Tezpur Lunatic Asylum reports 1877-1894 - 1877-1894
Year: 1877
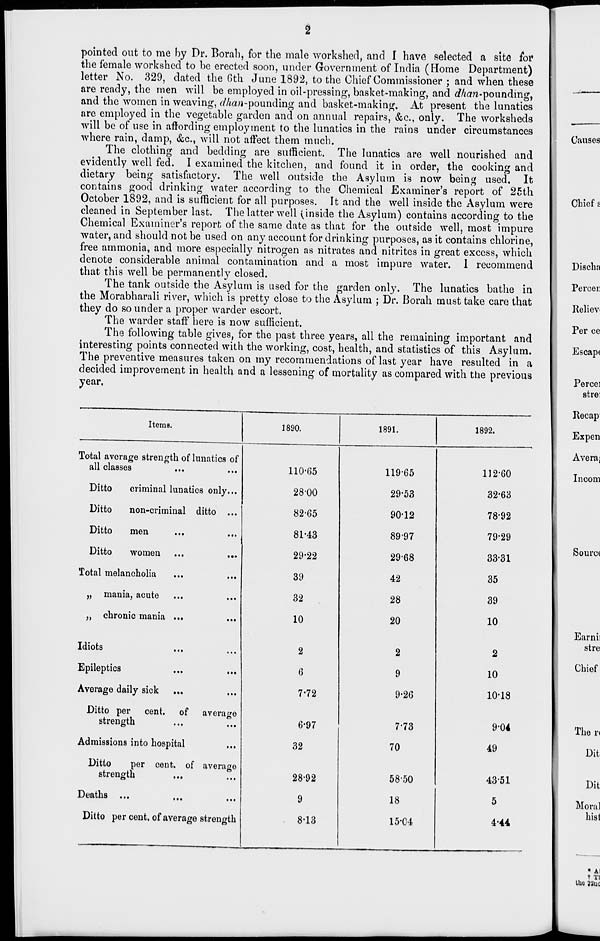
pointed out to me by Dr. Borah, for the male workshed, and I have selected a site for
the female workshed to be erected soon, under Government of India (Home Department)
letter No. 329, dated the Gth June 1892, to the Chief Commissioner ; and when these
are ready, the men will be employed in oil-pressing, basket-making, and dhan-poundmg,
and the women in weaving, dha?i-po\mding and basket-making. At present the lunatics
are employed in the vegetable garden and on annual repairs, &c, only. The worksheds
will be of use in affording employment to the lunatics in the rains under circumstances
where rain, damp, &c, will not affect them much.
The clothing and bedding are sufficient. The lunatics are well nourished and
evidently well fed. I examined the kitchen, and found it in order, the cooking and
dietary being satisfactory. The well outside the Asylum is now being used. It
contains good drinking water according to the Chemical Examiner's report of 25th
October 1892, and is sufficient for all purposes. It and the well inside the Asylum were
cleaned in September last. The latter well (inside the Asylum) contains according to the
Chemical Examiner's report of the same date as that for the outside well, most impure
water, and should not be used on any account for drinking purposes, as it contains chlorine,
free ammonia, and more especially nitrogen as nitrates and nitrites in great excess, which
denote considerable animal contamination and a most impure water. I recommend
that this well be permanently closed.
The tank outside the Asylum is used for the garden only. The lunatics bathe in
the Morabharali river, which is pretty close to the Asylum ; Dr. Borah must take care that
they do so under a proper warder escort.
The warder staff here is now sufficient.
The following table gives, for the past three years, all the remaining important and
interesting points connected with the working, cost, health, and statistics of this Asylum.
The preventive measures taken on my recommendations of last year have resulted in a
decided improvement in health and a lessening of mortality as compared with the previous
year,
Items.
1890.
1891.
1892.
Total average strength of lunatics of
all classes
110-65
119-65
112-60
Ditto
criminal lunatics only...
28-00
29-53
32'63
Ditto
non-criminal ditto ...
82-65
90-12
78-92
Ditto
men
81-43
89-97
79-29
Ditto
women
29-22
29-68
33-31
Total melancholia
39
42
35
„ mania, acute
32
28
39
„ chronic mania ...
10
20
10
Idiots
2
2
2
Epileptics
6
9
10
Average daily sick
7-72
9-26
10-18
Ditto per cent, of average
strength
6-97
7-73
9-04
Admissions into hospital
32
70
49
Ditto
per cent, of average
strength
28-92
58-50
43-51
Deaths ...
9
18
5
Ditto per cent, of average strength
. 8-13
15-C4
4-44